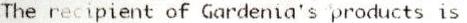
THE RECIPIENT OF GARDENIA'S PRODUCTS IS